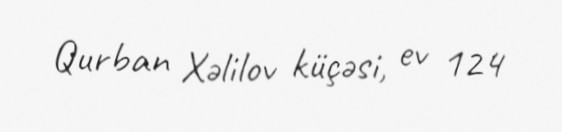
Qurban Xəlilov küçəsi, ev 124